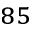
^ { 8 5 }